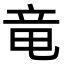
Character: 竜